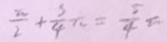
\frac { \pi } { 2 } + \frac { 3 } { 4 } \pi = \frac { 5 } { 4 } \pi